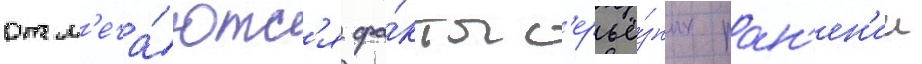
отм'еча́ютс'я фа́кты с'ерьё́зных ран'ен'ии